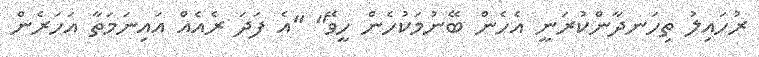
ރުހައިލު ތިހަނދާންކުރަނީ އެހެން ބޭނުމަކުހެން ހީވޭ" "އެ ފަދަ ރެއެއް އައިނަމަތާ އަހަރެން